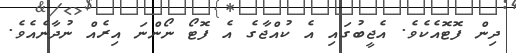
ދިން ފޮޓޮއެކެވެ. އެޖީބުގައި އެ ކުއްޖާގެ އެ ފޮޓޯ ނޯންނަ އިރެއް ނުދާނެއެވެ.